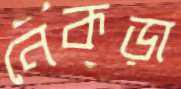
নেকড়া